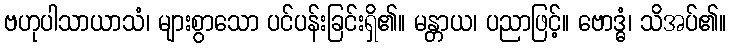
ဗဟုပါသာယာသံ၊ များစွာသော ပင်ပန်းခြင်းရှိ၏။ မန္တာယ၊ ပညာဖြင့်။ ဗောဒ္ဓံ၊ သိအပ်၏။